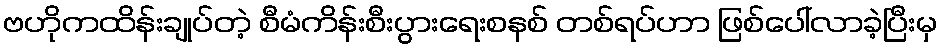
ဗဟိုကထိန်းချုပ်တဲ့ စီမံကိန်းစီးပွားရေးစနစ် တစ်ရပ်ဟာ ဖြစ်ပေါ်လာခဲ့ပြီးမှ